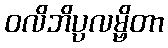
ဝလိဘိပ္ပလမ္ဗိတာ